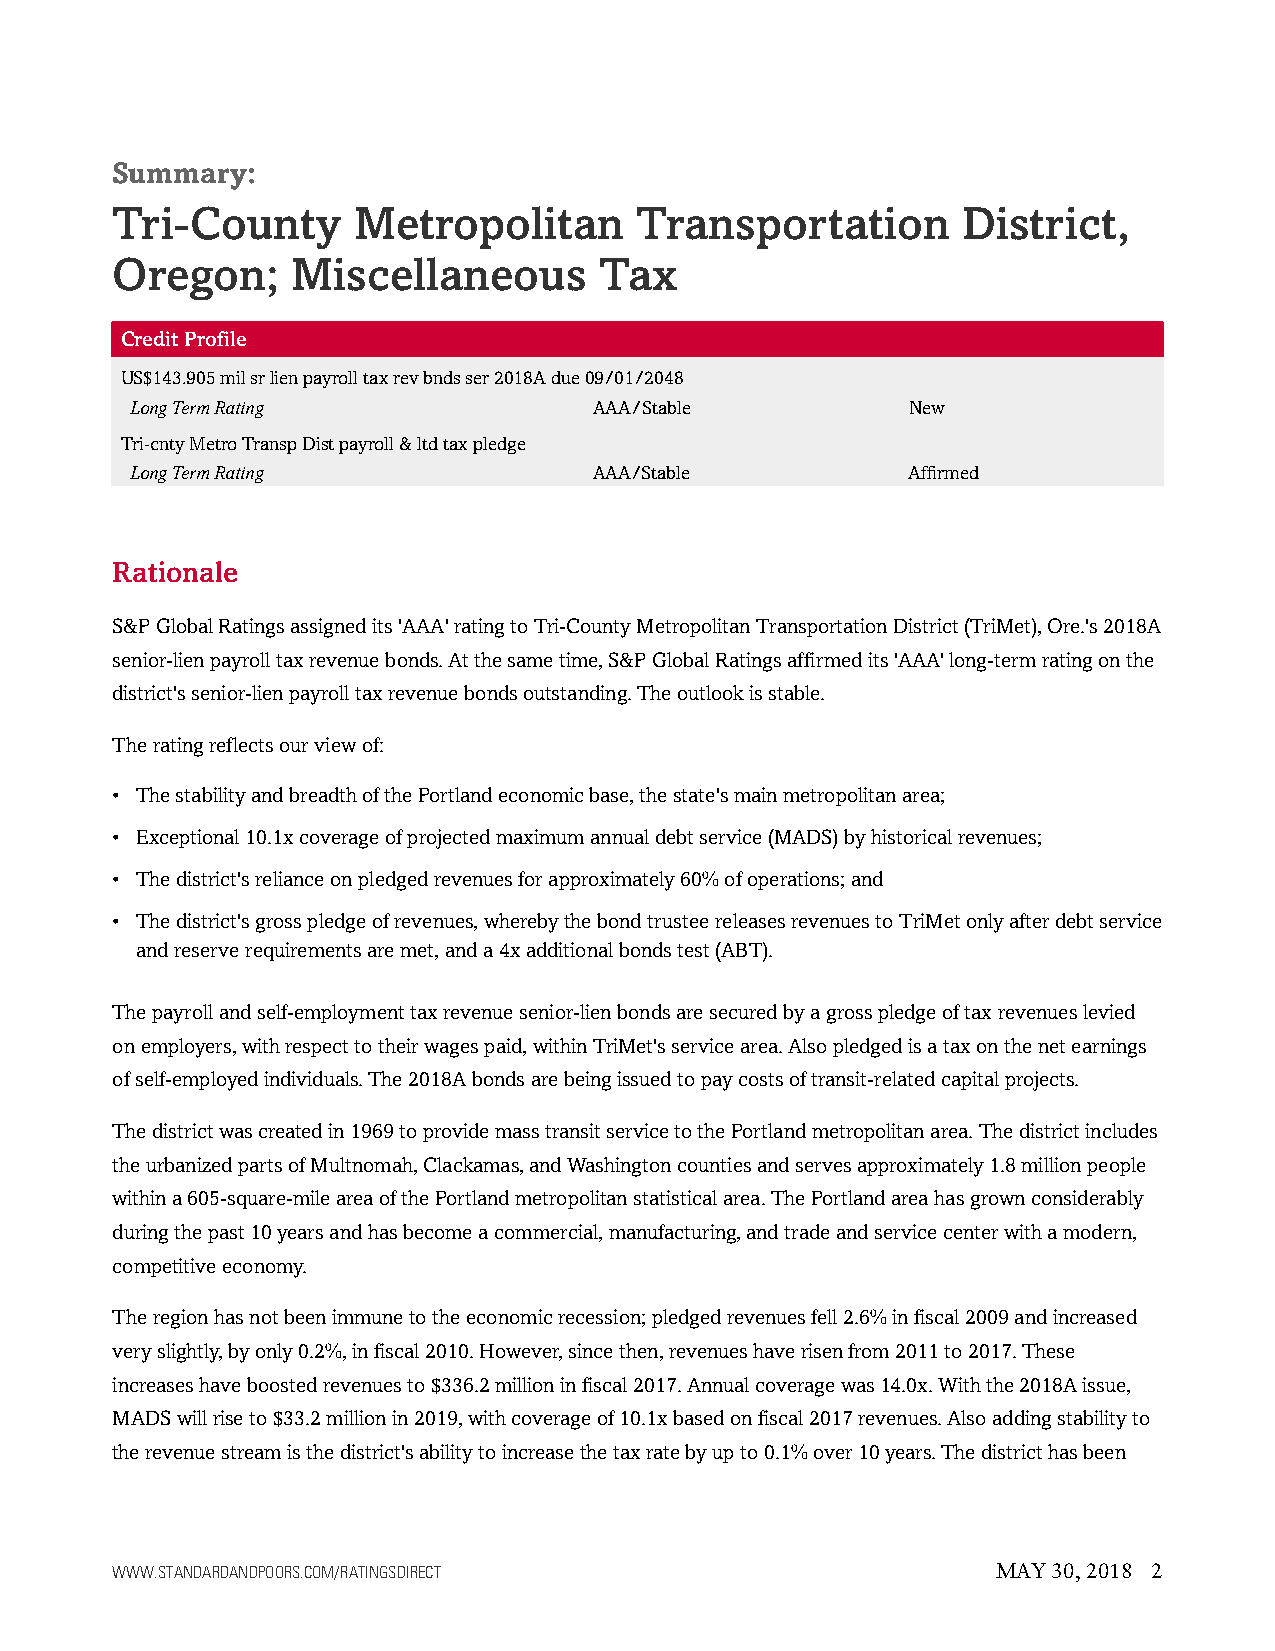
Summary:
 Tri-County      Metropolitan       Transportation        District,
 Oregon;     Miscellaneous        Tax
 CreditProfile
 US$143.905milsrlienpayrolltaxrevbndsser2018Adue09/01/2048
 LongTermRating                AAA/Stable           New
 Tri-cntyMetroTranspDistpayroll&ltdtaxpledge
 LongTermRating                AAA/Stable           Affirmed
 Rationale
 S&PGlobalRatingsassignedits'AAA'ratingtoTri-CountyMetropolitanTransportationDistrict(TriMet),Ore.'s2018A
 senior-lienpayrolltaxrevenuebonds.Atthesametime,S&PGlobalRatingsaffirmedits'AAA'long-termratingonthe
 district'ssenior-lienpayrolltaxrevenuebondsoutstanding.Theoutlookisstable.
 Theratingreflectsourviewof:
 • ThestabilityandbreadthofthePortlandeconomicbase,thestate'smainmetropolitanarea;
 • Exceptional10.1xcoverageofprojectedmaximumannualdebtservice(MADS)byhistoricalrevenues;
 • Thedistrict'srelianceonpledgedrevenuesforapproximately60%ofoperations;and
 • Thedistrict'sgrosspledgeofrevenues,wherebythebondtrusteereleasesrevenuestoTriMetonlyafterdebtservice
 andreserverequirementsaremet,anda4xadditionalbondstest(ABT).
 Thepayrollandself-employmenttaxrevenuesenior-lienbondsaresecuredbyagrosspledgeoftaxrevenueslevied
 onemployers,withrespecttotheirwagespaid,withinTriMet'sservicearea.Alsopledgedisataxonthenetearnings
 ofself-employedindividuals.The2018Abondsarebeingissuedtopaycostsoftransit-relatedcapitalprojects.
 Thedistrictwascreatedin1969toprovidemasstransitservicetothePortlandmetropolitanarea.Thedistrictincludes
 theurbanizedpartsofMultnomah,Clackamas,andWashingtoncountiesandservesapproximately1.8millionpeople
 withina605-square-mileareaofthePortlandmetropolitanstatisticalarea.ThePortlandareahasgrownconsiderably
 duringthepast10yearsandhasbecomeacommercial,manufacturing,andtradeandservicecenterwithamodern,
 competitiveeconomy.
 Theregionhasnotbeenimmunetotheeconomicrecession;pledgedrevenuesfell2.6%infiscal2009andincreased
 veryslightly,byonly0.2%,infiscal2010.However,sincethen,revenueshaverisenfrom2011to2017.These
 increaseshaveboostedrevenuesto$336.2millioninfiscal2017.Annualcoveragewas14.0x.Withthe2018Aissue,
 MADSwillriseto$33.2millionin2019,withcoverageof10.1xbasedonfiscal2017revenues.Alsoaddingstabilityto
 therevenuestreamisthedistrict'sabilitytoincreasethetaxratebyupto0.1%over10years.Thedistricthasbeen
 WWW.STANDARDANDPOORS.COM/RATINGSDIRECT                     MAY 30, 2018 2